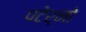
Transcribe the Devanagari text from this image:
पटेर्नो